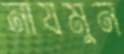
নাযমুন